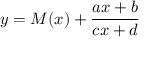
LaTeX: y = M ( x ) + { \frac { a x + b } { c x + d } }